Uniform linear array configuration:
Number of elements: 24
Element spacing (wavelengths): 0.5
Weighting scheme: exponential
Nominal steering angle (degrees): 15
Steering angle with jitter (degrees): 16.252
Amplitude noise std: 0.05
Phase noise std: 0.05

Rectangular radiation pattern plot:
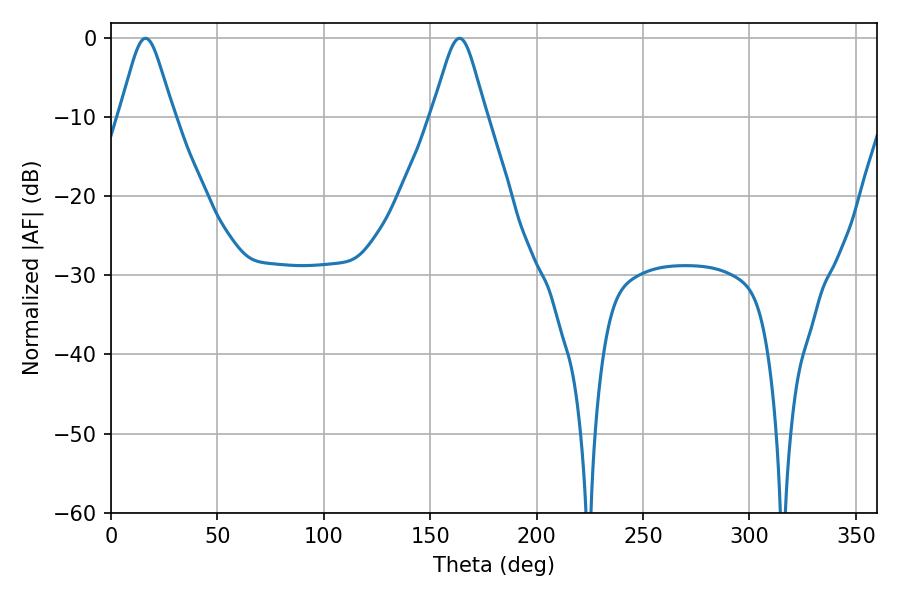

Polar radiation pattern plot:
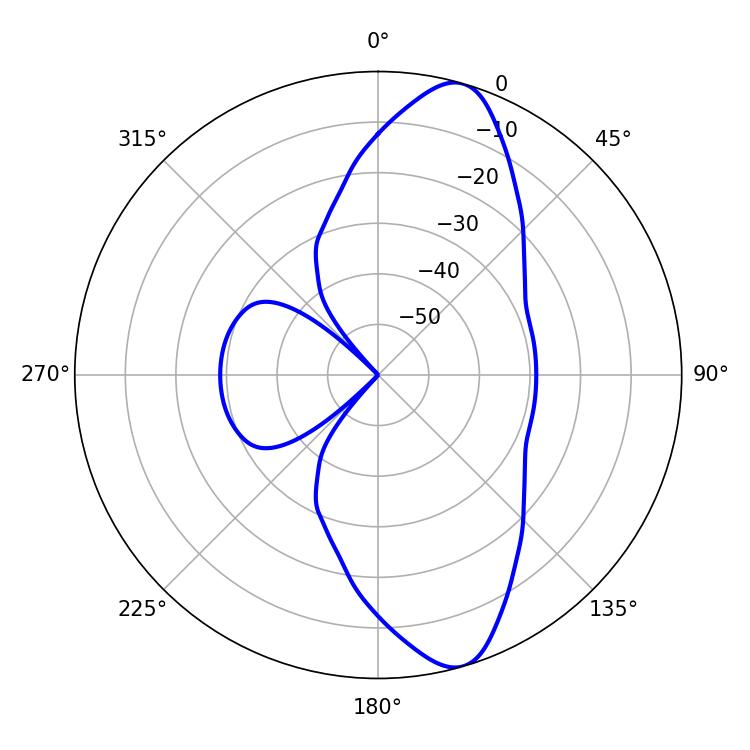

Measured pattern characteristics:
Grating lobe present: FALSE
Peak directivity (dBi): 11.279
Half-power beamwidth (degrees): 12.24
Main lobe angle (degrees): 16.2